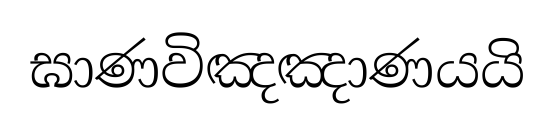
ඝාණවිඤඤාණයයි